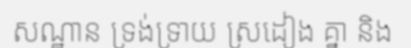
សណ្ឋាន ទ្រង់ទ្រាយ ស្រដៀង គ្នា និង